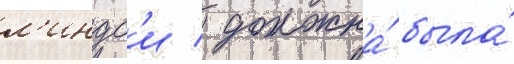
л'индс'и / должна́ была́